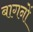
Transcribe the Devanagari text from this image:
बागनों